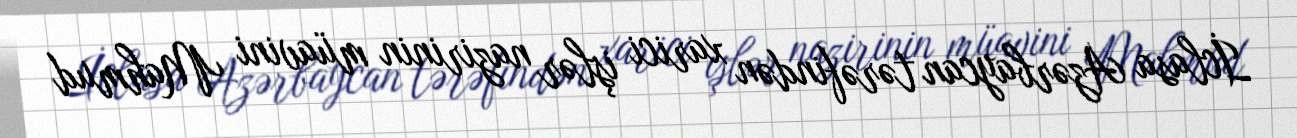
İclasa Azərbaycan tərəfindən xarici işlər nazirinin müavini Mahmud